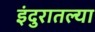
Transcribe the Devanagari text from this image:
इंदुरातल्या